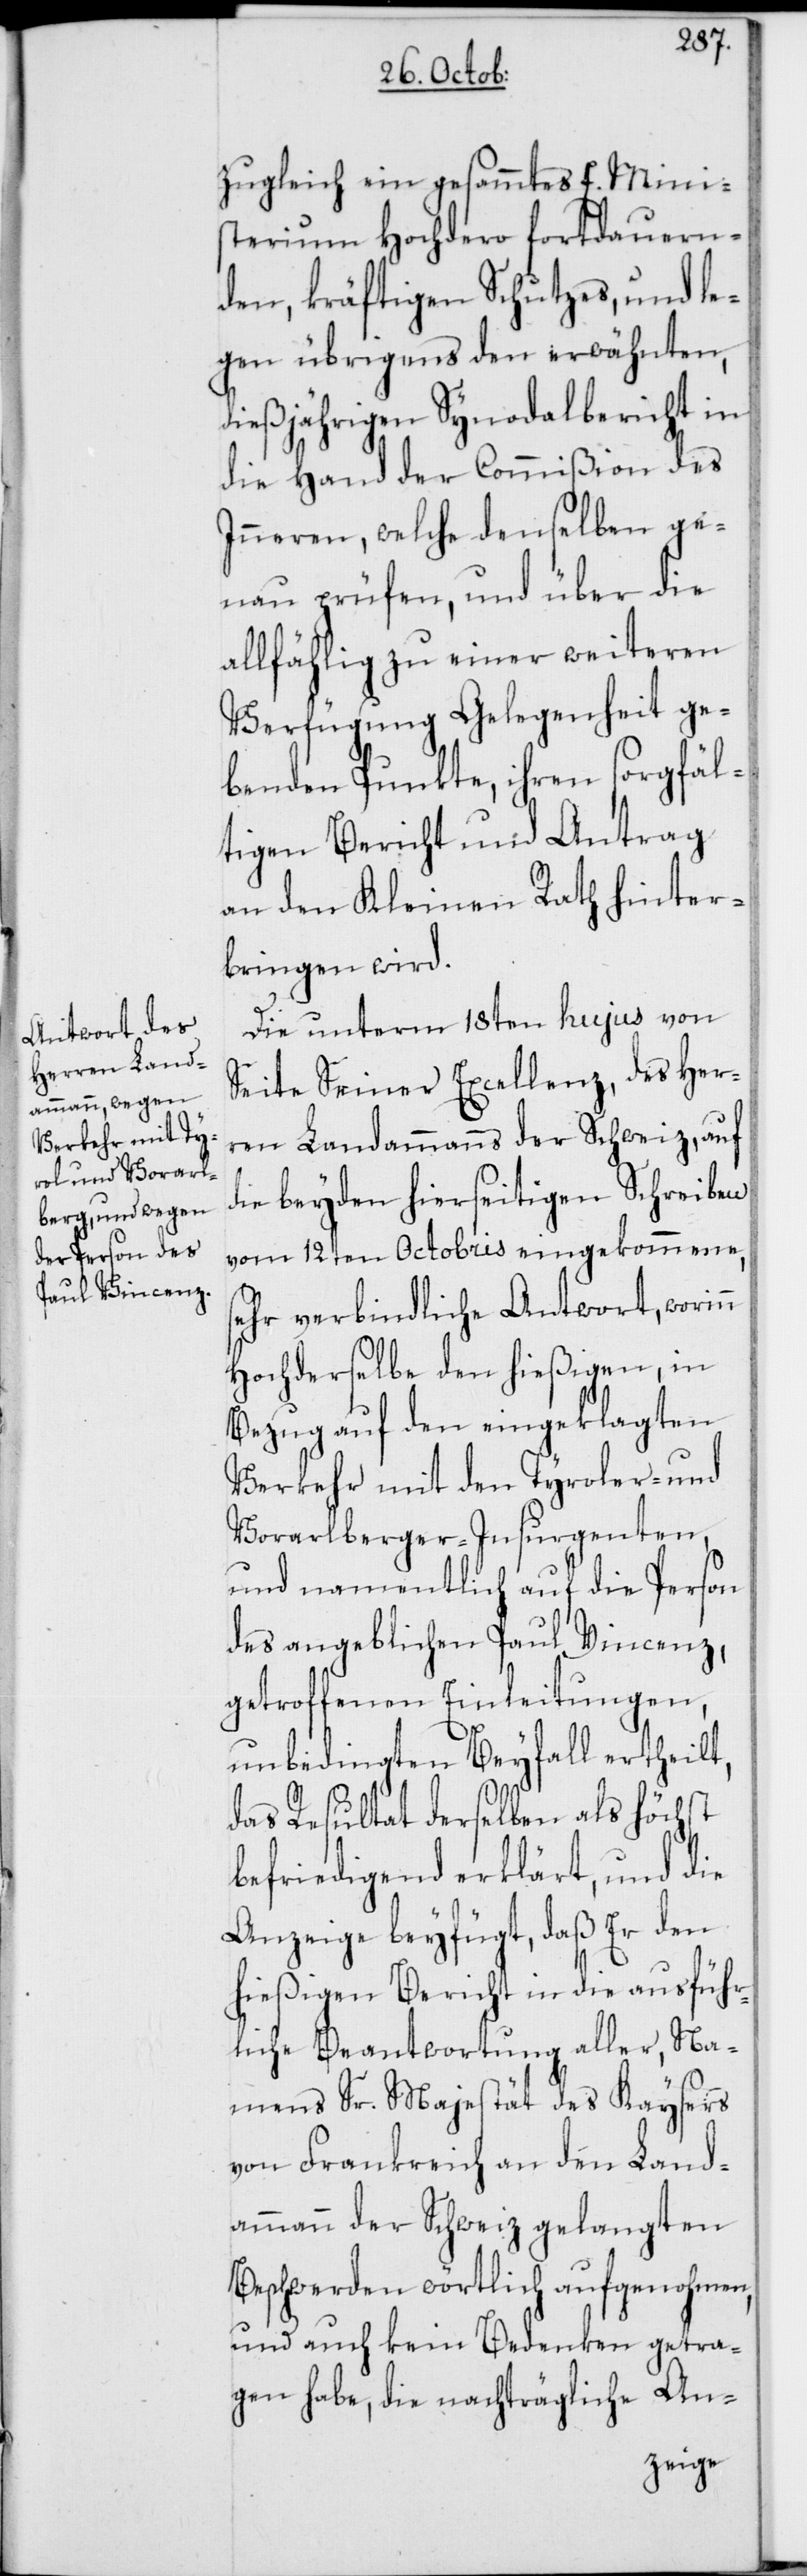
zugleich ein gesammtes E. Mini¬
sterium Hochdero fortdauern¬
den, kräftigen Schutzes, und le¬
gen übrigens den erwähnten,
dießjährigen Synodalbericht in
die Hand der Commißion des
Inneren, welche denselben ge¬
nau prüfen, und über die
allfählig zu einer weiteren
Verfügung Gelegenheit ge¬
benden Punkte, ihren sorgfäl¬
tigen Bericht und Antrag
an den Kleinen Rath hinter¬
bringen wird.
Die unterm 18ten hujus von
Seite Seiner Excellenz, des Her¬
ren Landammanns der Schweiz, auf
die beyden hierseitigen Schreiben
vom 12ten Octobris eingekommene,
sehr verbindliche Antwort, worin¬
n Hochderselbe den hießigen, in
Bezug auf den eingeklagten
Verkehr mit den Tyroler- und
Vorarlberger-Insurgenten,
und namentlich auf die Person
des angeblichen Paul Vincenz,
getroffenen Einleitungen,
unbedingten Beyfall ertheilt,
das Resultat derselben als höchst
befriedigend erklärt, und die
Anzeige beyfügt, daß Er den
hießigen Bericht in die ausführ¬
liche Beantwortung aller, Na¬
mens Sr. Majestät des Kaysers
von Frankreich an den Land¬
ammann der Schweiz gelangten
Beschwerden wörtlich aufgenohmen,
und auch kein Bedenken getra¬
gen habe, die nachträgliche An-